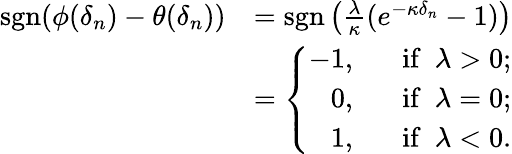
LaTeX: \begin{array}{rl}{\mathrm{sgn}(\phi(\delta_{n})-\theta(\delta_{n}))}&{=\mathrm{sgn}\left(\frac{\lambda}{\kappa}(e^{-\kappa\delta_{n}}-1)\right)}\\ &{=\left\{ \begin{array}{rl}{-1,}&{~~~\mathrm{if}~~\lambda>0;}\\ {0,}&{~~~\mathrm{if}~~\lambda=0;}\\ {1,}&{~~~\mathrm{if}~~\lambda<0.}\end{array}\right.}\end{array}